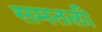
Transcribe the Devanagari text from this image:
समतली